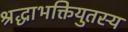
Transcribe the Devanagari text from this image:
श्रद्धाभक्तियुतस्य